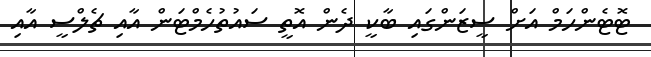
ޓޮޓެންހަމް އަށް ސީޒަންގައި ބާކީ ދެން އޮތީ ސައުތުހެމްޓަން އާއި ޗެލްސީ އާއި